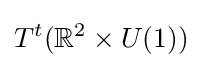
T^{t}(\mathbb {R} ^{2}\times U(1))